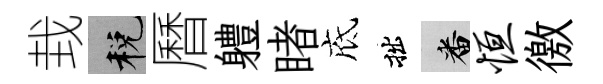
㘽税曆軆睹底拙番恒徼